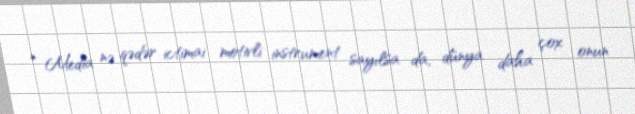
* Media nə qədər ictimai motivli instrument sayılsa da, dünya daha çox onun